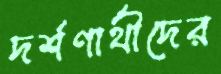
দর্শণার্থীদের